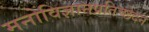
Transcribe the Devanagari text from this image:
मनोविज्ञानप्रतिच्छेदन